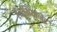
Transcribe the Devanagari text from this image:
है।एशियानेट